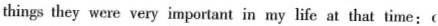
things they were very important in my life at that time: